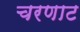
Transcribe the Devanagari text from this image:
चरणाट